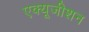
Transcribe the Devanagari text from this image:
एक्यूजीशन